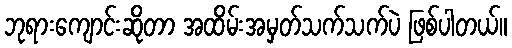
ဘုရားကျောင်းဆိုတာ အထိမ်းအမှတ်သက်သက်ပဲ ဖြစ်ပါတယ်။